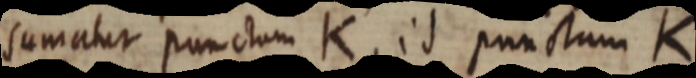
sumatur punctum K, id punctum K